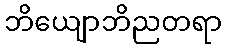
ဘိယျောဘိညတရာ